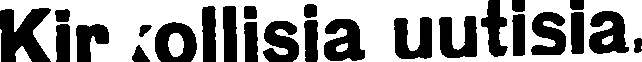
Kirkollisia uutisia.